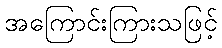
အကြောင်းကြားသဖြင့်